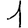
Digit: 1